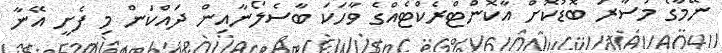
ނޭމާގެ މުސާރަ ބޮޑުކޮށް އާކޮންޓްރެކްޓެއްގެ ވާހަކަ ބާސެލޯނާއިން ދައްކަން މި ފެށީ އޭނާ